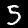
Digit: 5